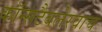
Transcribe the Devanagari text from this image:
कॉन्सटैबलेरवाच